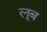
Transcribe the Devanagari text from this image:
लूब